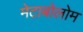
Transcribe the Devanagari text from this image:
मेटाबोलोम